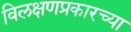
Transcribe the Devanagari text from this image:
विलक्षणप्रकारच्या